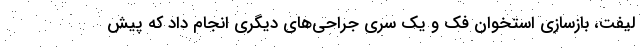
لیفت، بازسازی استخوان فک و یک سری جراحی‌های دیگری انجام داد که پیش